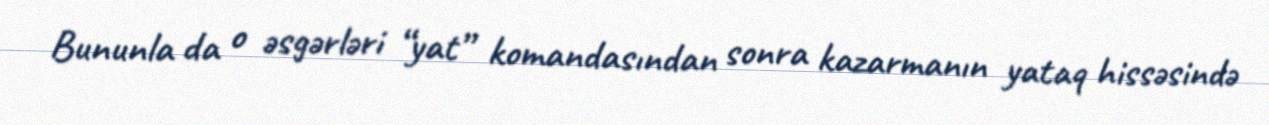
Bununla da o əsgərləri “yat” komandasından sonra kazarmanın yataq hissəsində